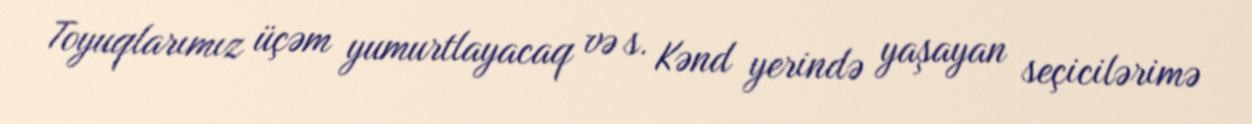
Toyuqlarımız üçəm yumurtlayacaq və s. Kənd yerində yaşayan seçicilərimə